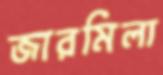
জারমিলা